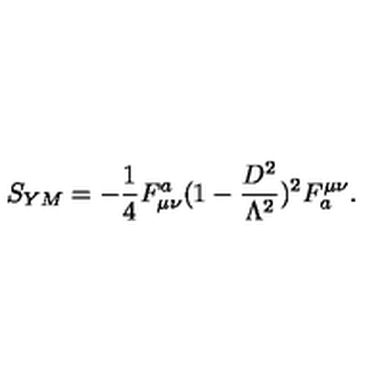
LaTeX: S _ { Y M } = - \frac { 1 } { 4 } F _ { \mu \nu } ^ { a } ( 1 - \frac { D ^ { 2 } } { \Lambda ^ { 2 } } ) ^ { 2 } F _ { a } ^ { \mu \nu } .